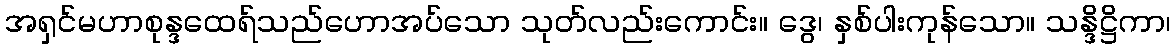
အရှင်မဟာစုန္ဒထေရ်သည်ဟောအပ်သော သုတ်လည်းကောင်း။ ဒွေ၊ နှစ်ပါးကုန်သော။ သန္ဒိဋ္ဌိကာ၊